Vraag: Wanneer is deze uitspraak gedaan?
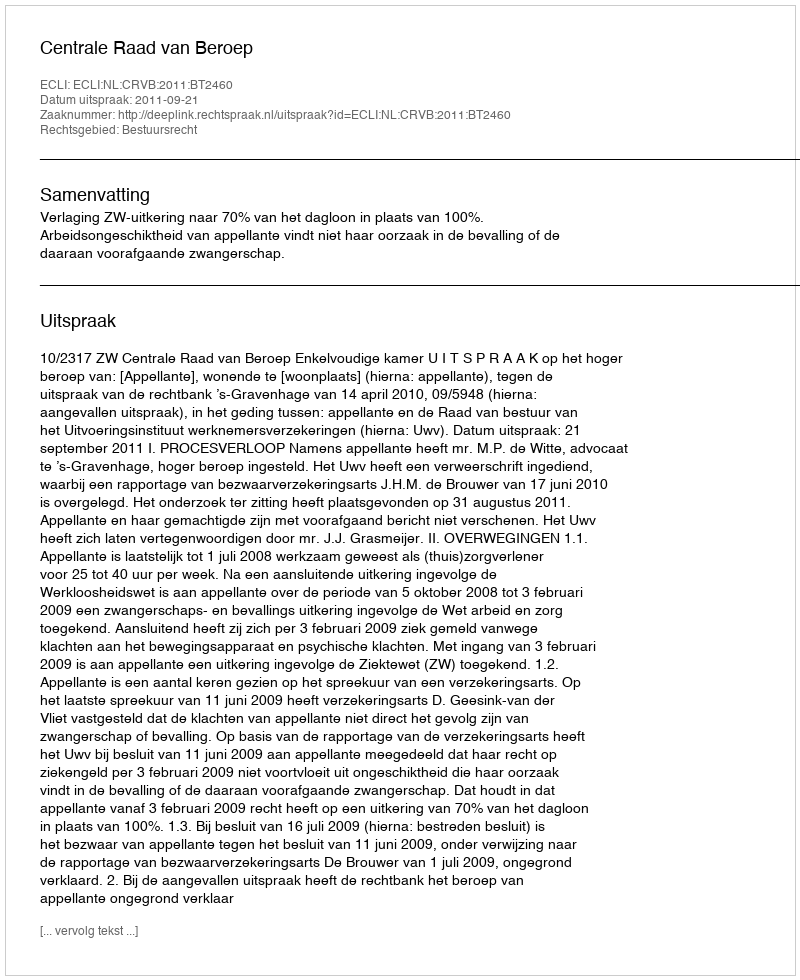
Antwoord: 2011-09-21